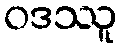
ဝဒဿူ